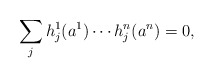
\begin{align*}\sum_{j} h_j^1(a^1)\cdots h_j^n(a^n)=0,\end{align*}